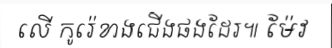
លើ កូរ៉េខាងជើងផងដែរ៕ ម៉ែវ